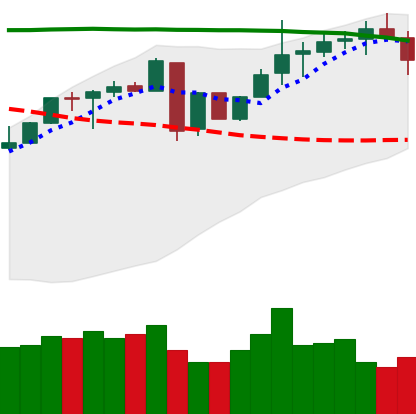
Ticker: LINK-USD
Chart end date: 2018-05-06
Forward return: -13.105%
Label: down_7plus